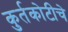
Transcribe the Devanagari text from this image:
कुर्तकोटीचे